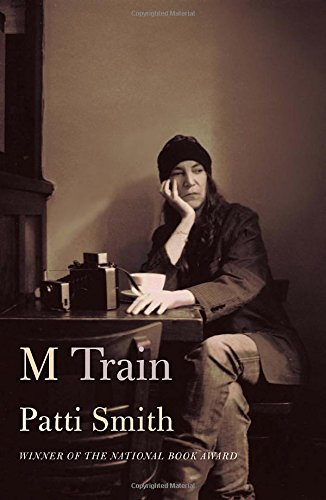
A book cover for M Train; Patti Smith; Literature & Fiction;